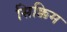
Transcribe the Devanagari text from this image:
सिक्किम